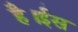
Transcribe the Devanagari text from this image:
है।ईस